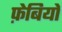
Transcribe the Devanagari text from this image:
फ़ेबियो